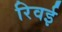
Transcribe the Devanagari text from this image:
रिवई